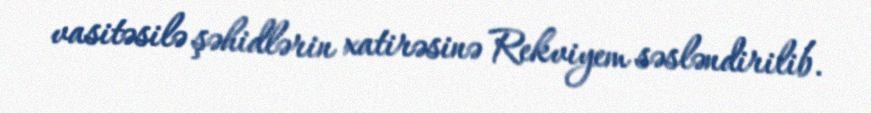
vasitəsilə şəhidlərin xatirəsinə Rekviyem səsləndirilib.